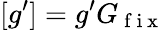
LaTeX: [g^{\prime}]=g^{\prime}G_{\mathrm{~f~i~x~}}